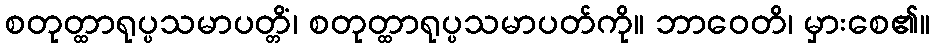
စတုတ္ထာရုပ္ပသမာပတ္တိံ၊ စတုတ္ထာရုပ္ပသမာပတ်ကို။ ဘာဝေတိ၊ မှားစေ၏။